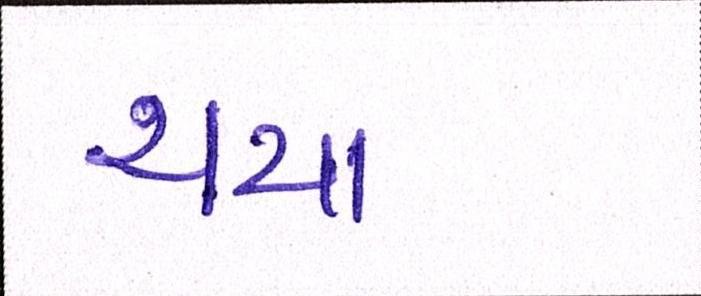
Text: થયા